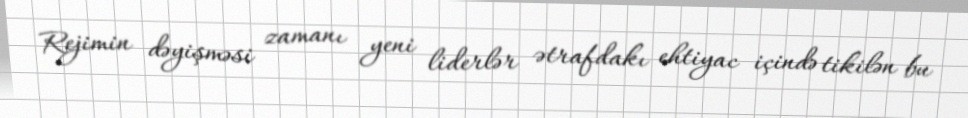
Rejimin dəyişməsi zamanı yeni liderlər ətrafdakı ehtiyac içində tikilən bu